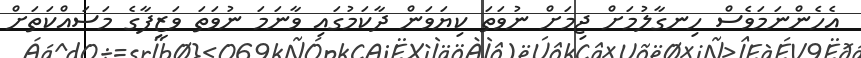
އެހެންނަމަވެސް ހިނގާލުމަށް ޖިމަށް ނުވަތަ ކިޔަވަން ދާކަމުގައި ވާނަމަ ނުވަތަ ވަޒީފާގެ މަސައްކަތަށް